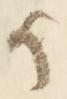
か